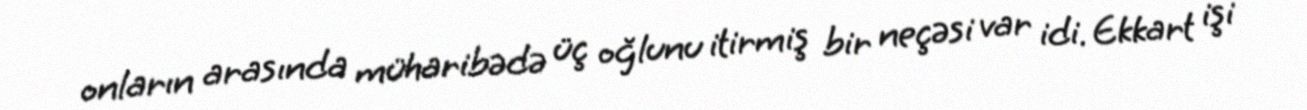
onların arasında müharibədə üç oğlunu itirmiş bir neçəsi var idi. Ekkart işi